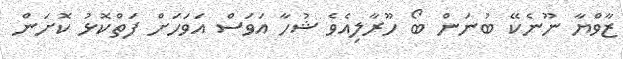
ޒާވްޔާ ނޫނެކޭ ބުނަން ބޯ ހޫރާލިއެވެ ޝުހާ އަވަސް އަވަހަށް ފަތްކޮޅު ކޮށަން